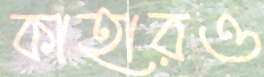
কাহারও